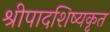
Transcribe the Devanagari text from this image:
श्रीपादशिष्यकृत